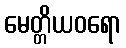
မေတ္တိယဝရော